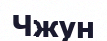
Чжун